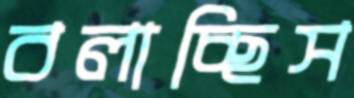
বলাচ্ছিস